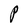
Character: P